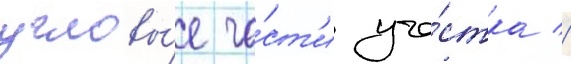
угловы́е ча́ст'и уча́стка //